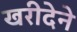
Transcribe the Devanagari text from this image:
खरीदेने